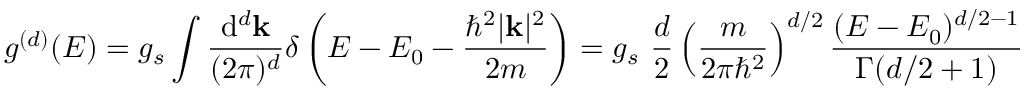
g ^ { ( d ) } ( E ) = g _ { s } \int { \frac { \mathrm { d } ^ { d } \mathbf { k } } { ( 2 \pi ) ^ { d } } } \delta \left( E - E _ { 0 } - { \frac { \hbar ^ { 2 } | \mathbf { k } | ^ { 2 } } { 2 m } } \right) = g _ { s } \ { \frac { d } { 2 } } \left( { \frac { m } { 2 \pi \hbar ^ { 2 } } } \right) ^ { d / 2 } { \frac { ( E - E _ { 0 } ) ^ { d / 2 - 1 } } { \Gamma ( d / 2 + 1 ) } }